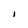
Character: l